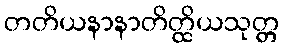
တတိယနာနာတိတ္ထိယသုတ္တ